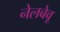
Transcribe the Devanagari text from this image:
नेलबेवू